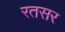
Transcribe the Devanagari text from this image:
रतसर